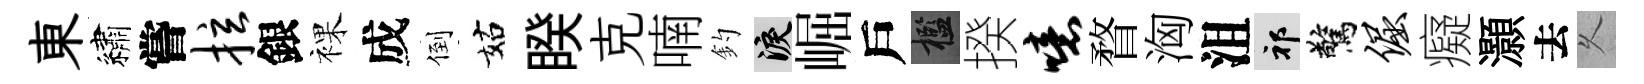
東繡嘗拉銀裸成倒姑睽克喃釣泪崛戶檻揆噫瞀洶沮祁驚倔癡灝去乆